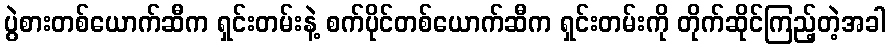
ပွဲစားတစ်ယောက်ဆီက ရှင်းတမ်းနဲ့ စက်ပိုင်တစ်ယောက်ဆီက ရှင်းတမ်းကို တိုက်ဆိုင်ကြည့်တဲ့အခါ